Indian journal of veterinary science and animal husbandry - Volume 1,
Year: 1931
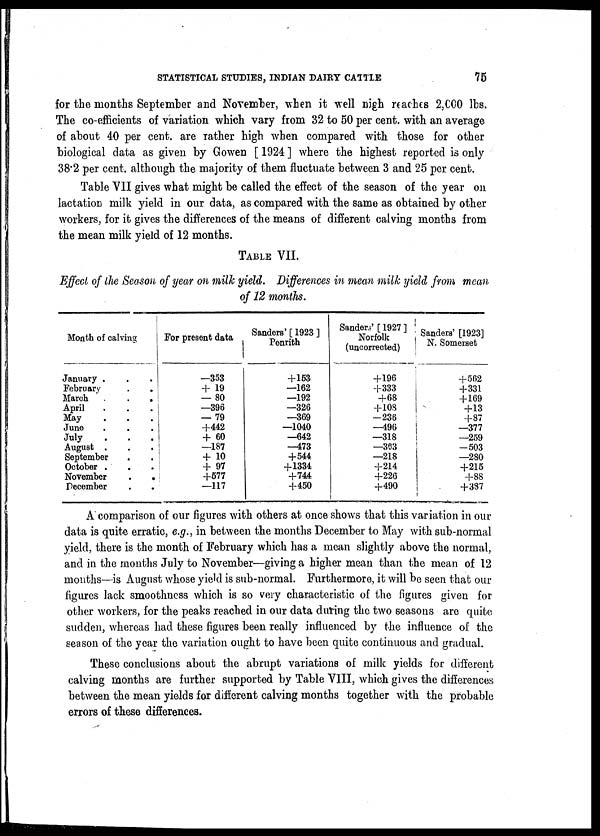
STATISTICAL STUDIES, INDIAN DAIRY CATTLE 75
for the months September and November, when it well nigh reaches 2,000 lbs.
The co-efficients of variation which vary from 32 to 50 per cent. with an average
of about 40 per cent. are rather high when compared with those for other
biological data as given by Gowen [ 1924 ] where the highest reported is only
38.2 per cent. although the majority of them fluctuate between 3 and 25 per cent.
Table VII gives what might be called the effect of the season of the year on
lactation milk yield in our data, as compared with the same as obtained by other
workers, for it gives the differences of the means of different calving months from
the mean milk yield of 12 months.
TABLE VII.
Effect of the Season of year on milk yield. Differences in mean milk yield from mean
of 12 months.
Month of calving
January .
February
March .
.
.
April
May
June
July
August .
September
.
October .
November
.
.
December
For present data
—353
+ 19
— 80
—396
—79
+442
+ 60
—187
+ 10
+ 97
+577
—117
Sanders' [ 1923 ]
Penrith
+153
—162
—192
—326
—369
—1040
—642
—473
+ 544
+ 1334
+ 744
+ 450
Sanders' [ 1927 ]
Norfolk
(uncorrected)
+196
+333
+68
+108
—236
—496
—318
—363
—218
+214
+226
+490
Sanders' [1923]
N. Somerset
+562
+331
+169
+13
+87
—377
—259
—503
—280
+215
+88
+387
A comparison of our figures with others at once shows that this variation in our
data is quite erratic, e.g., in between the months December to May with sub-normal
yield, there is the month of February which has a mean slightly above the normal,
and in the months July to November—giving a higher mean than the mean of 12
months—is August whose yield is sub-normal. Furthermore, it will be seen that our
figures lack smoothness which is so very characteristic of the figures given for
other workers, for the peaks reached in our data during the two seasons are quite
sudden, whereas had these figures been really influenced by the influence of the
season of the year the variation ought to have been quite continuous and gradual.
These conclusions about the abrupt variations of milk yields for different
calving months are further supported by Table VIII, which gives the differences
between the mean yields for different calving months together with the probable
errors of these differences.